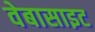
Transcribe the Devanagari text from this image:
वेबासाइट